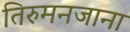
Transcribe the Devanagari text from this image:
तिरुमनजाना